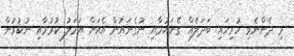
މި ދެންނެވި ހުރިހައި ބަދަލެއް ގެނައުމާއި ނުގެނައުން އެއަށް އަމަލު ކުރުމާއި ނުކުރުން